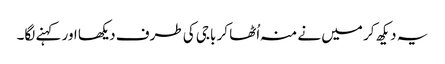
یہ دیکھ کر میں نے منہ اُٹھا کر باجی کی طرف دیکھا اور کہنے لگا۔